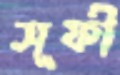
সূফী